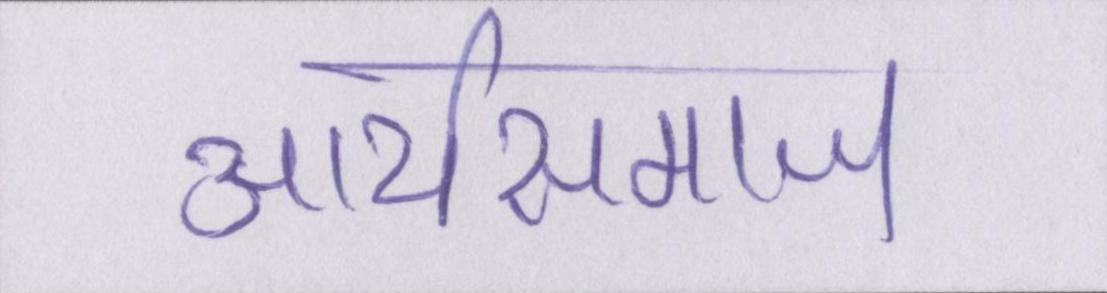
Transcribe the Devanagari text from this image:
आर्यसमाज